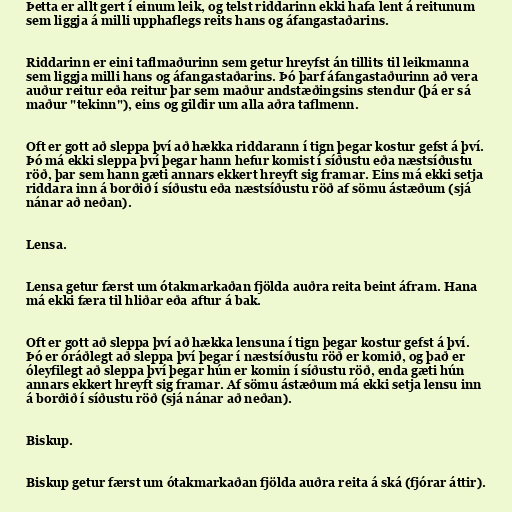
Þetta er allt gert í einum leik, og telst riddarinn ekki hafa lent á reitunum
sem liggja á milli upphaflegs reits hans og áfangastaðarins.

Riddarinn er eini taflmaðurinn sem getur hreyfst án tillits til leikmanna
sem liggja milli hans og áfangastaðarins. Þó þarf áfangastaðurinn að vera
auður reitur eða reitur þar sem maður andstæðingsins stendur (þá er sá
maður "tekinn"), eins og gildir um alla aðra taflmenn.

Oft er gott að sleppa því að hækka riddarann í tign þegar kostur gefst á því.
Þó má ekki sleppa því þegar hann hefur komist í síðustu eða næstsíðustu
röð, þar sem hann gæti annars ekkert hreyft sig framar. Eins má ekki setja
riddara inn á borðið í síðustu eða næstsíðustu röð af sömu ástæðum (sjá
nánar að neðan).

Lensa.

Lensa getur færst um ótakmarkaðan fjölda auðra reita beint áfram. Hana
má ekki færa til hliðar eða aftur á bak.

Oft er gott að sleppa því að hækka lensuna í tign þegar kostur gefst á því.
Þó er óráðlegt að sleppa því þegar í næstsíðustu röð er komið, og það er
óleyfilegt að sleppa því þegar hún er komin í síðustu röð, enda gæti hún
annars ekkert hreyft sig framar. Af sömu ástæðum má ekki setja lensu inn
á borðið í síðustu röð (sjá nánar að neðan).

Biskup.

Biskup getur færst um ótakmarkaðan fjölda auðra reita á ská (fjórar áttir).